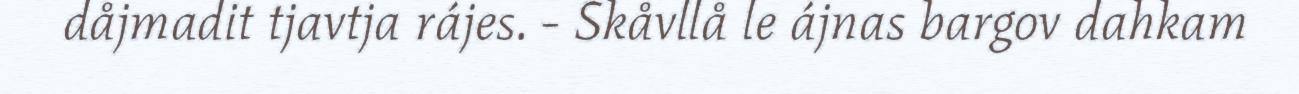
dåjmadit tjavtja rájes. - Skåvllå le ájnas bargov dahkam